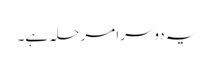
یہ دوسرا مرحلہ ہے۔